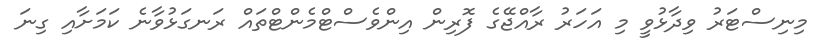
މިނިސްޓަރު ވިދާޅުވީ މި އަހަރު ރާއްޖޭގެ ފޮރިން އިންވެސްޓްމެންޓްތައް ރަނގަޅުވާނެ ކަމަށާއި ގިނަ